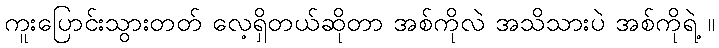
ကူးပြောင်းသွားတတ် လေ့ရှိတယ်ဆိုတာ အစ်ကိုလဲ အသိသားပဲ အစ်ကိုရဲ့ ။